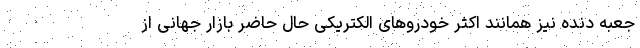
جعبه دنده نیز همانند اکثر خودروهای الکتریکی حال حاضر بازار جهانی از